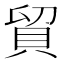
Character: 貿